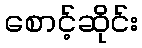
စောင့်ဆိုင်း